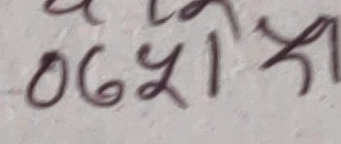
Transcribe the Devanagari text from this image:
062५१३१